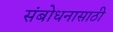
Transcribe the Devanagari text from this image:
संबोधनासाठी